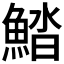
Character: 𩷽